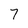
Character: 7